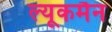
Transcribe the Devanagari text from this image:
ल्यूकमैन